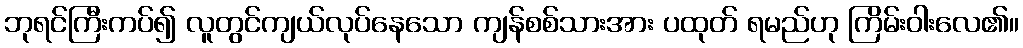
ဘုရင်ကြီးကပ်၍ လူတွင်ကျယ်လုပ်နေသော ကျန်စစ်သားအား ပထုတ် ရမည်ဟု ကြိမ်းဝါးလေ၏။